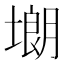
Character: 㙟